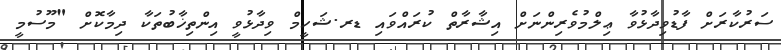
ސަރުކާރަށް ފާޑުވިދާޅުވާ ޢިލްމުވެރިންނަށް އިޝާރާތް ކުރައްވައި ޑރ.ޝަހީމް ވިދާޅުވީ އިންތިޚާބުތަކާ ދިމާކޮށް "މޫސުމީ